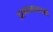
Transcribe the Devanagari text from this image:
उस्मानाबादशी